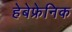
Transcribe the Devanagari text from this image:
हेबेफ्रेनिक